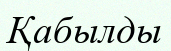
Қабылды